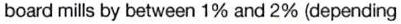
board mills by between 1% and 2% (depending